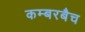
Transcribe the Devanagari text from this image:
कम्बरबैच